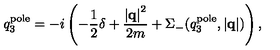
q _ { 3 } ^ { \mathrm { p o l e } } = - i \left( - \frac { 1 } { 2 } \delta + \frac { \left| { \bf q } \right| ^ { 2 } } { 2 m } + \Sigma _ { - } ( q _ { 3 } ^ { \mathrm { p o l e } } , \left| { \bf q } \right| ) \right) ,